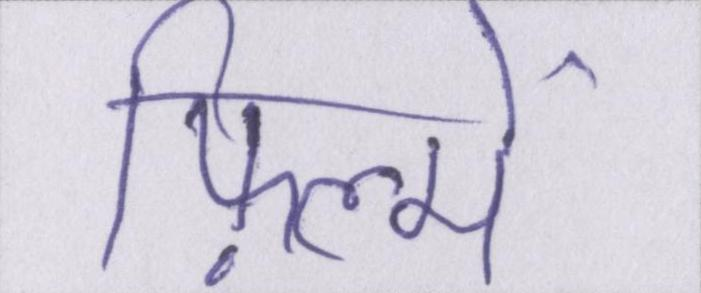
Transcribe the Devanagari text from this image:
फ़िल्में